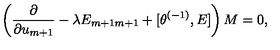
\left( \frac { \partial } { \partial u _ { m + 1 } } - \lambda E _ { m + 1 m + 1 } + \lbrack \theta ^ { ( - 1 ) } , E \rbrack \right) M = 0 ,